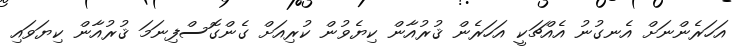
އަހަރެންނަށް އެނގުނު އެއްޗަކީ އަހަރެން ޤުރުއާން ކިޔެވުން ކުރިއަށް ގެންގޮސްފިނަމަ ޤުރުއާން ކިޔަވައި